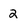
Character: 2